Civil Veterinary Dept. Assam report 1927-50 - 1927-1950
Year: 1927
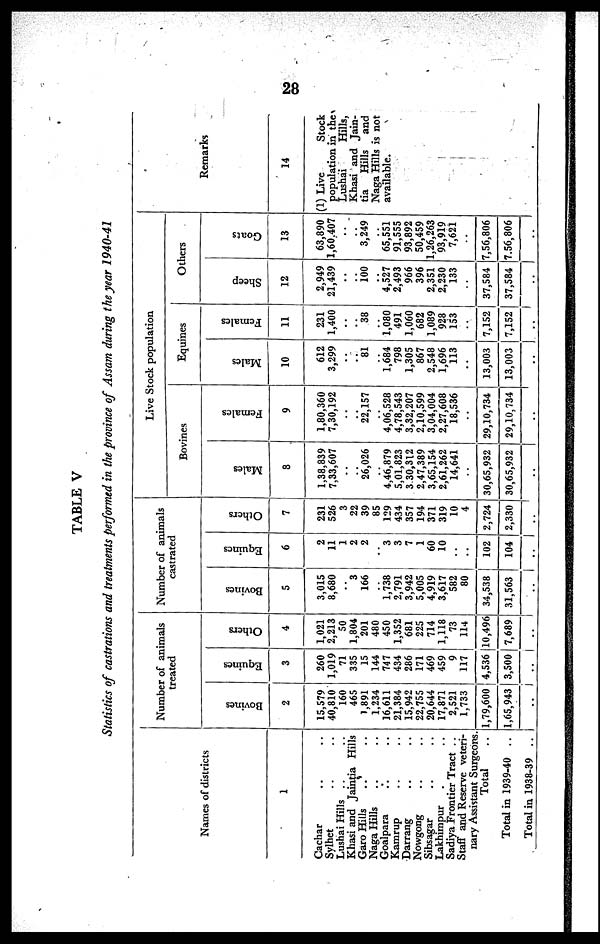
28
TABLE V
Statistics of castrations and treatments performed in the province of Assam during the year 1940-41
Names of districts
1
Cachar .. ..
Sylhet .. ..
Lushai Hills .. ..
Khasi and Jaintia Hills
Garo Hills .. ..
Naga Hills .. ..
Goalpara .. ..
Kamrup .. ..
Darrang .. ..
Nowgong .. ..
Sibsagar .. ..
Lakhimpur .. ..
Sadiya Frontier Tract ..
Staff and Reserve veteri-
nary Assistant Surgeons.
Total ..
Total in 1939-40 ..
Total in 1938-39 ..
Number of animals
treated
Bovines
2
15,579
40,810
160
465
1,891
1,234
16,611
21,384
15,942
22,755
20,644
17,871
2,521
1,733
1,79,600
1,65,943
..
Equines
3
260
1,019
71
335
15
144
747
434
286
171
469
459
9
117
4,536
3,500
..
Others
4
1,021
2,213
50
1,804
201
480
450
1,352
681
225
714
1,118
73
114
10,496
7,689
..
Number of animals
castrated
Bovines
5
3,015
8,680
..
3
166
..
1,738
2,791
3,942
5,005
4,919
3,617
582
80
34,538
31,563
..
Equines
6
2
11
1
2
2
..
3
3
7
1
60
10
..
..
102
104
..
Others
7
231
526
3
22
39
85
129
434
357
194
371
319
10
4
2,724
2,330
..
Live Stock population
Bovines
Males
8
1,38,839
7,33,607
..
..
26,026
..
4,46,879
5,01,823
3,30,312
2,47,389
3,65,154
2,61,262
14,641
..
30,65,932
30,65,932
..
Females
9
1,80,360
7,30,192
..
..
22,157
..
4,06,528
4,78,543
3,32,207
2,10,599
3,04,004
2,27,608
18,536
..
29,10,734
29,10,734
..
Equines
Males
10
612
3,299
..
..
81
..
1,684
798
1,305
867
2,548
1,696
113
..
13,003
13,003
..
Females
11
231
1,400
..
..
38
..
1,080
491
1,060
682
1,089
928
153
..
7,152
7,152
..
Others
Sheep
12
2,949
21,439
..
..
100
..
4,527
2,493
966
396
2,351
2,230
133
..
37,584
37,584
..
Goats
13
63,890
1,60,407
..
..
3,249
..
65,551
91,555
93,892
50,459
1,26,263
93,919
7,621
..
7,56,806
7,56,806
..
Remarks
14
(1) Live
Stock
population in the
Lushai
Hills,
Khasi and Jain-
tia
Hills and
Naga Hills is not
available.